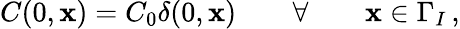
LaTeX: C(0,{\mathbf x})=C_{0}\delta(0,{\mathbf x})\qquad\forall\qquad{\mathbf x}\in\Gamma_{I}\, ,